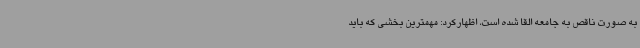
به صورت ناقص به جامعه القا شده است، اظهارکرد: مهمترین بخشی که باید